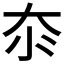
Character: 𱘭